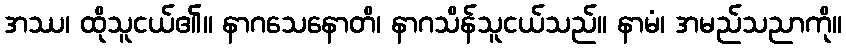
အဿ၊ ထိုသူငယ်၏။ နာဂသေနောတိ၊ နာဂသိန်သူငယ်သည်။ နာမံ၊ အမည်သညာကို။